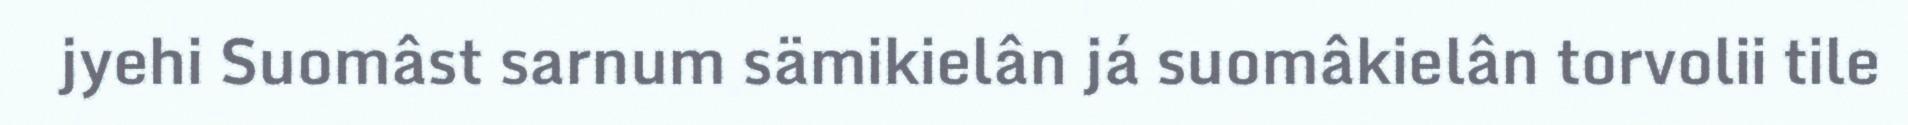
jyehi Suomâst sarnum sämikielân já suomâkielân torvolii tile